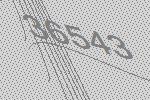
36543